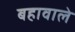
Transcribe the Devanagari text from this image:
बहावाले